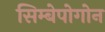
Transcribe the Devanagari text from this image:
सिम्बेपोगोन